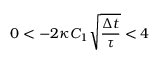
0 < - 2 \kappa C _ { 1 } \sqrt { \frac { \Delta t } { \tau } } < 4